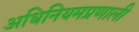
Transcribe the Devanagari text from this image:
अधिनियमप्रणाली